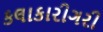
કલાકારીગરી